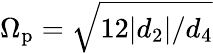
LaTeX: \Omega_{\mathrm{p}}=\sqrt{12|d_{2}|/d_{4}}